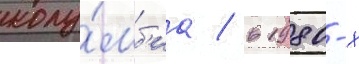
колу́мб'иа / в 1980-х